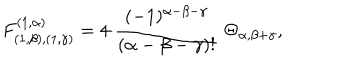
F _ { ( 1 , \beta ) , ( 1 , \gamma ) } ^ { ( 1 , \alpha ) } = 4 \; \frac { ( - 1 ) ^ { \alpha - \beta - \gamma } } { ( \alpha - \beta - \gamma ) ! } \; \Theta _ { \alpha , \beta + \gamma } ,